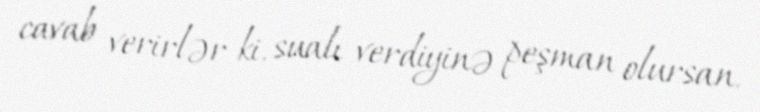
cavab verirlər ki, sualı verdiyinə peşman olursan.